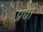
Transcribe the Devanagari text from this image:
प्रधी